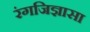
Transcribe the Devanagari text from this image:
रंगजिज्ञासा